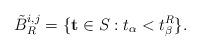
LaTeX: \begin{align*} \tilde{B}_R^{i, j} = \{ \mathbf{t} \in S_{} : t_\alpha < t^R_\beta \}. \end{align*}